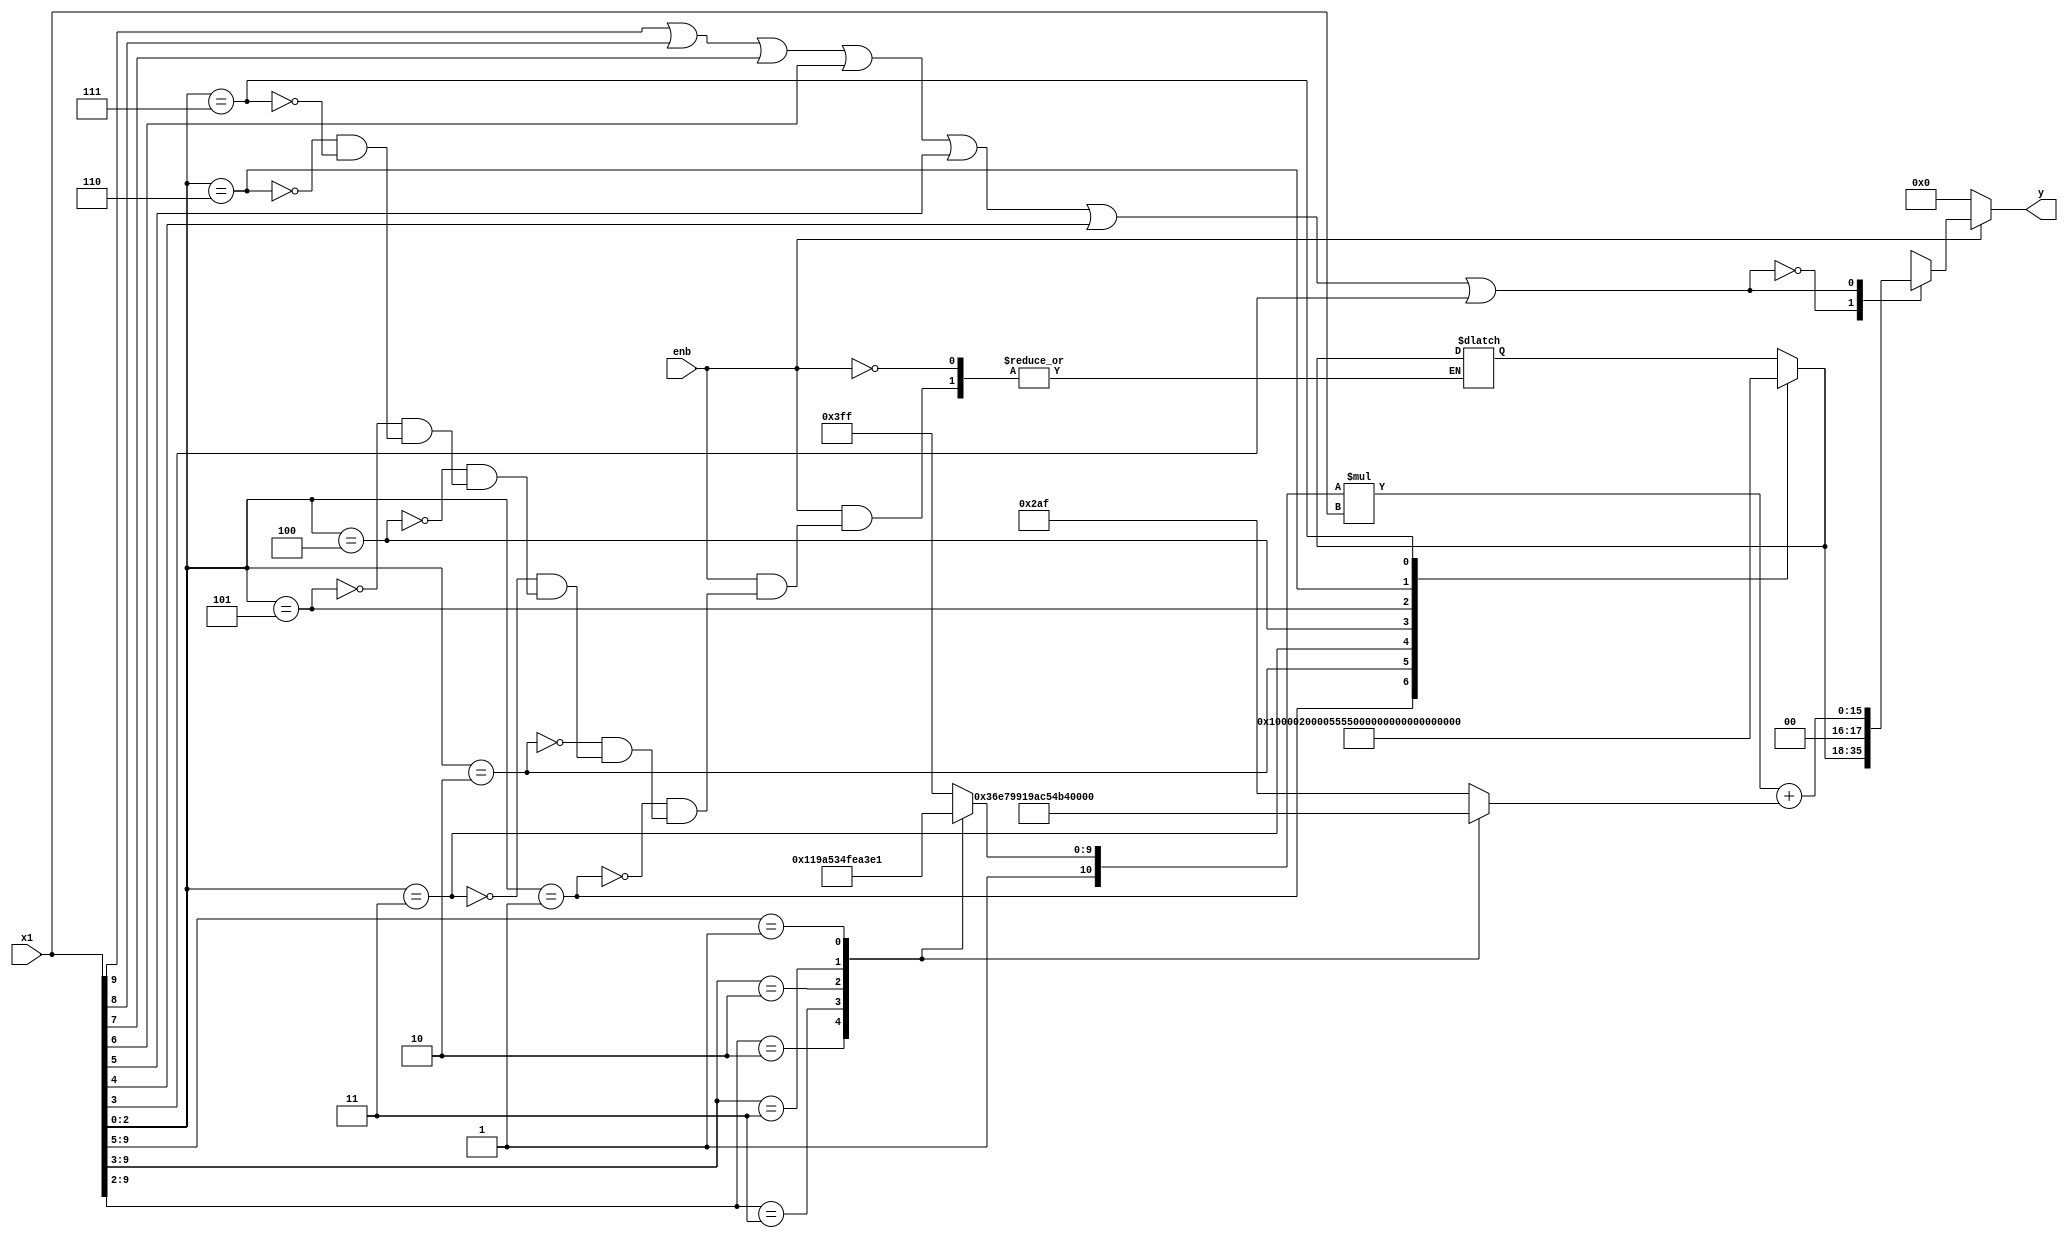
`timescale 1ns / 1ps
//////////////////////////////////////////////////////////////////////////////////
//output is 18 bit: 2 integers, 16 fractions
//input is 10.0, 10 nits for intger. 0 bits for fraction.
// 
//////////////////////////////////////////////////////////////////////////////////


module Reciprocal_Integer#(
		parameter integer BITWIDTH1 = 10,
		parameter integer BITWIDTH2 = 18		)       // bit width )
		(enb,x1,y);
input signed [BITWIDTH1-1:0] x1; // 10.0 ==>  10 int
input enb;


output reg signed [BITWIDTH2-1:0] y; // 8.8

reg signed  [17:0] c0,c1,c00,c01,c10,c11,c20,c21,c30,c31,c40,c41,c50,c51; // 16 bit freq 2.16

reg signed [27:0] y_temp,y_temp2;
reg signed [17:0] y_temp3; // 2.16
reg x1_or;
always@* begin
    if(enb) begin
    
// -743	14055
// -364	9798
// -177	6853
// -88	4813
// -31	2917
// -1	687
    
    
c01= -743;	   //// 1:2
c00= 14055;

c11=-364	;   /// 2:4
c10= 9798;

c21=-177	;    // 4:8
c20=6853;

c31=-88	;  /// 8:16
c30=4813;

c41=-31	;   /// 16 to end
c40=2917;


c51=-1	;   /// 16 to end
c50=687;


casex (x1[9:2])

8'b00000010: begin c0=c00;
               c1=c01;
         end
8'b00000011: begin c0=c10;
               c1=c11;
         end
8'b0000010X: begin c0=c20;
               c1=c21;
         end
8'b0000011X: begin c0=c30;
               c1=c31;
         end
8'b00001XXX: begin c0=c40;
               c1=c41;
         end         
         
default: begin c0=c50;
               c1=c51;
         end
endcase 
      
y_temp=c1*x1; // 2.16 *10.0=12.16

y_temp2=y_temp+{{10{c0[9]}},c0}; // 2.16+12.16

case (x1[2:0])
// 65536	32768	21845	16384	13107	10923	9362
3'b001:y_temp3=65536; 
3'b010: y_temp3=32768; 
3'b011:y_temp3=21845; 
3'b100: y_temp3=16384; 
3'b101:y_temp3=13107; 
3'b110:y_temp3=10923; 
3'b111:y_temp3=9362; 
endcase 
  x1_or=x1[9]|x1[8]| x1[7]|x1[6]|x1[5]|x1[4]|x1[3];
case (x1_or)
1'b0:y=y_temp3[17:0]; 
1'b1:y=y_temp2[15:0]; 
endcase
     
    end
    else begin
    y=0;
    end

end


endmodule